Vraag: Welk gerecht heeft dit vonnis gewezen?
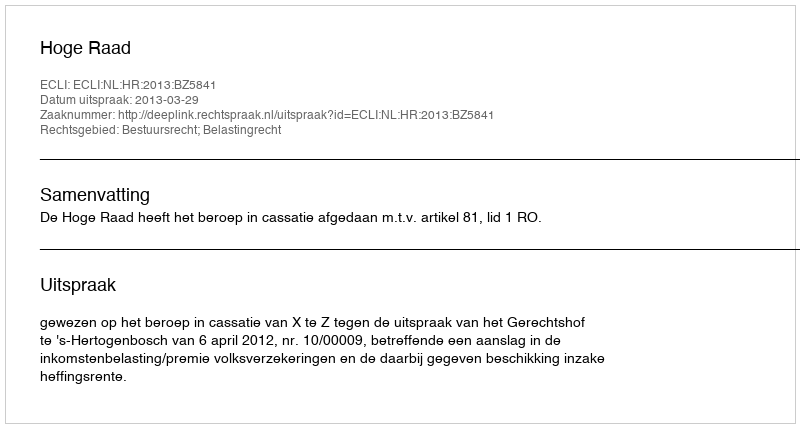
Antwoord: Hoge Raad